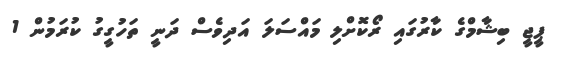
ޕީޖީ ބިޝާމްގެ ކާރުގައި ރޯކޮށްލި މައްސަލަ އަދިވެސް ދަނީ ތަހުގީގު ކުރަމުން 1